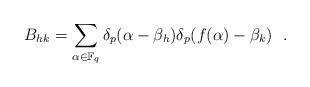
LaTeX: \begin{align*} B_{hk} = \sum_{\alpha \in \mathbb F_q} \delta_p(\alpha-\beta_h) \delta_p(f(\alpha)-\beta_k) ~~. \end{align*}